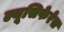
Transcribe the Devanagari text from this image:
ल्यूसिफेरेस